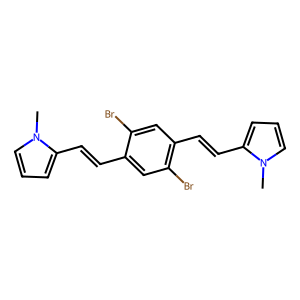
SMILES: Cn1cccc1C=Cc1cc(Br)c(C=Cc2cccn2C)cc1Br
Inhibits HIV replication: No